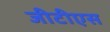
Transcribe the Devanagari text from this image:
जीटीएस